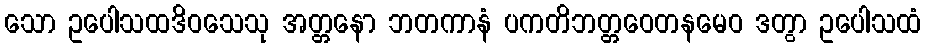
သော ဥပေါသထဒိဝသေသု အတ္တနော ဘတကာနံ ပကတိဘတ္တဝေတနမေဝ ဒတွာ ဥပေါသထံ